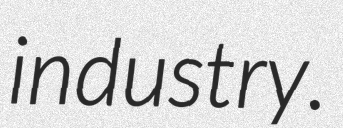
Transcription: industry.